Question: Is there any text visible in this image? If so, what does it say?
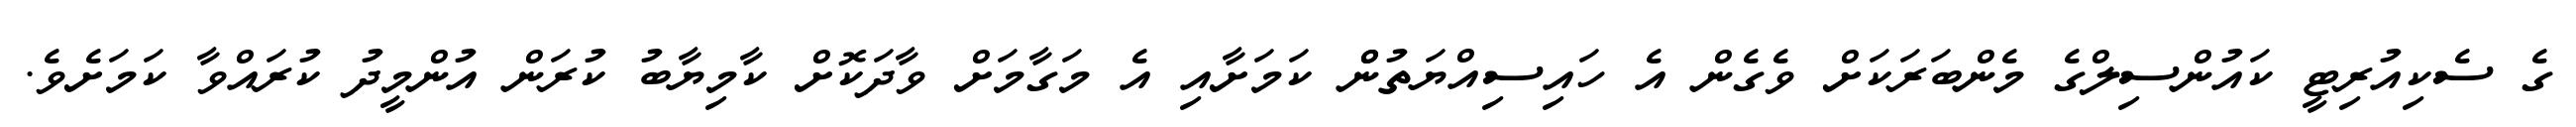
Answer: ގެ ސެކިއުރިޓީ ކައުންސިލްގެ މެންބަރަކަށް ވެގެން އެ ހައިސިއްޔަތުންް ކަމަށާއި އެ މަގާމަށް ވާދަކޮށް ކާމިޔާބު ކުރަން އުންމީދު ކުރައްވާ ކަމަށެވެ.